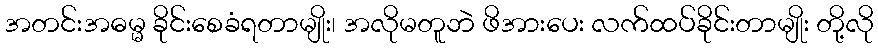
အတင်းအဓမ္မ ခိုင်းစေခံရတာမျိုး၊ အလိုမတူဘဲ ဖိအားပေး လက်ထပ်ခိုင်းတာမျိုး တို့လို